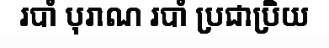
របាំ បុរាណ របាំ ប្រជាប្រិយ